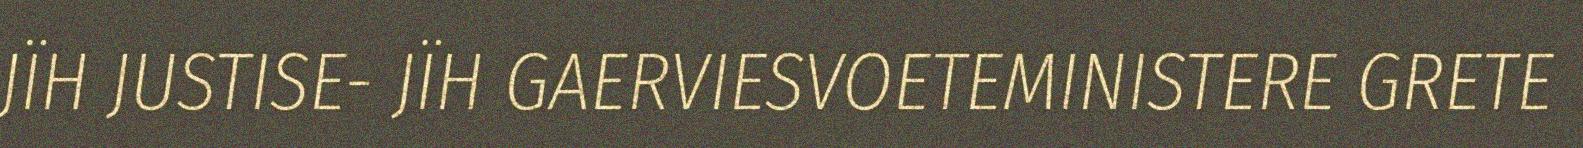
JÏH JUSTISE- JÏH GAERVIESVOETEMINISTERE GRETE